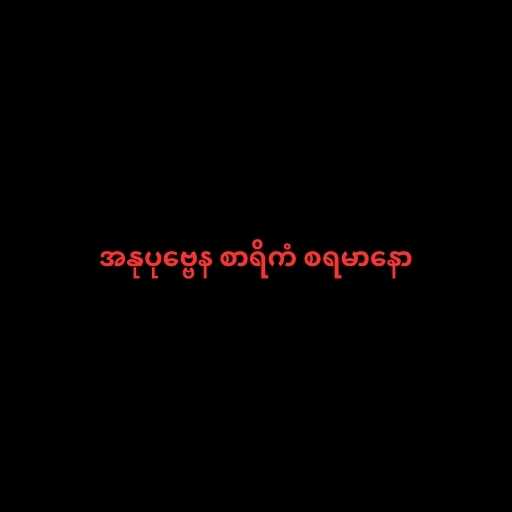
အနုပုဗ္ဗေန စာရိကံ စရမာနော